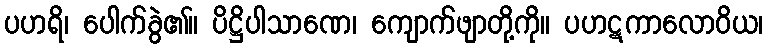
ပဟရိ၊ ပေါက်ခွဲ၏။ ပိဋ္ဌိပါသာဏေ၊ ကျောက်ဖျာတို့ကို။ ပဟဋကာလောဝိယ၊